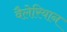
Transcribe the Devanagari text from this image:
वैलेरियान